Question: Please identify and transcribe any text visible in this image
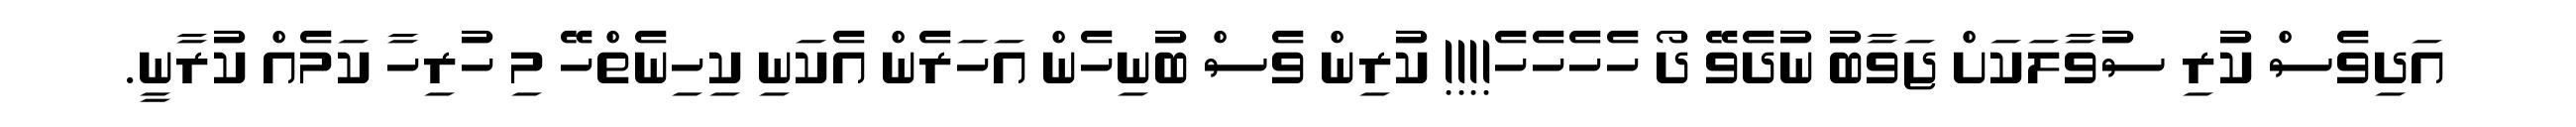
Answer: އަދިވެސް ކުރި ސުވާލަކަށް ޖަވާބު ނުދެވޭ ދޯ ހެހެހެހެ!!!! ކުރިން ވެސް ބުނިހެން އަހަރެން އެކަނި ކިހިނެތްހޭ މި ހުރިހާ ކަމެއް ކުރާނީ.